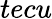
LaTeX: tecu